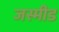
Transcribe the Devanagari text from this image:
जस्मीड